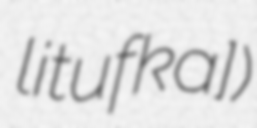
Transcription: lɛɕɲiˈtʂufka])